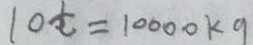
1 0 t = 1 0 0 0 0 k g